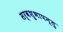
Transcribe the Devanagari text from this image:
सर्वशुभापन्तु